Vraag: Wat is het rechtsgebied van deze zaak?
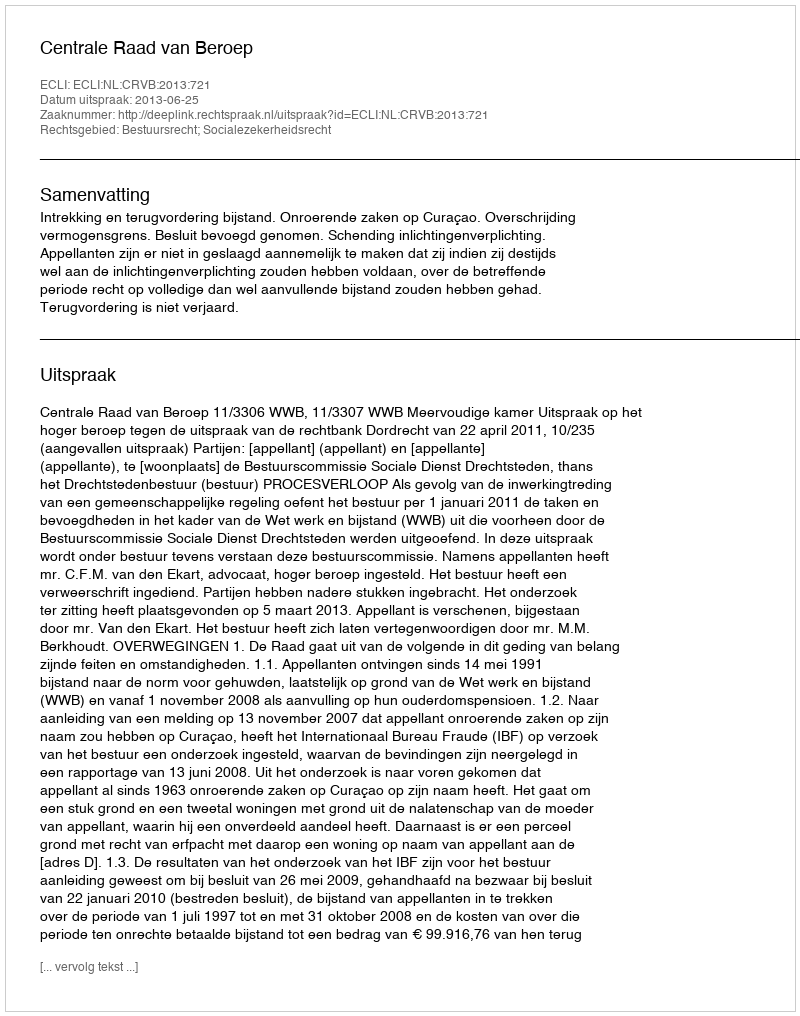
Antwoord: Bestuursrecht; Socialezekerheidsrecht